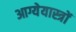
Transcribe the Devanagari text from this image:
आग्येयास्त्रों